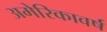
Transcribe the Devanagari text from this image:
अमेरिकावर्ष